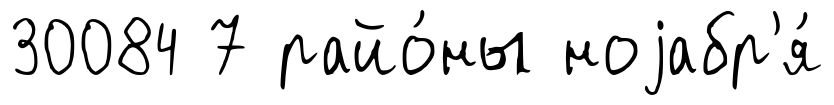
30084 7 райо́ны ноjабр'я́